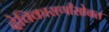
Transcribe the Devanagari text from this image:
देविकाराणीसोबत